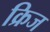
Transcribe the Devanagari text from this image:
क्रिज